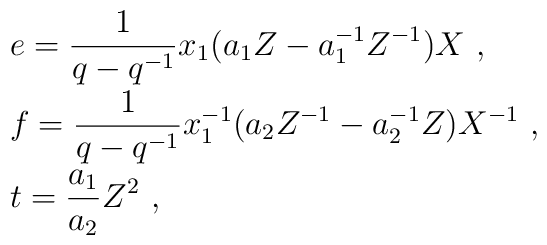
\begin{array}{rcl}& &e=\displaystyle\frac{1}{q-q^{-1}}x_1(a_1Z-a_1^{-1}Z^{-1})X~,\\[3mm]&&f=\displaystyle\frac{1}{q-q^{-1}}x_1^{-1}(a_2Z^{-1}-a_2^{-1}Z)X^{-1}~,\\[3mm]& &t=\displaystyle\frac{a_1}{a_2}Z^2~,\end{array}